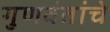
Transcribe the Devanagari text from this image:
गुणवंतांचे